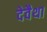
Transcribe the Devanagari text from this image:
देवैथा